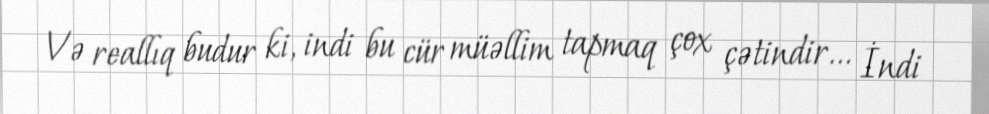
Və reallıq budur ki, indi bu cür müəllim tapmaq çox çətindir... İndi